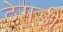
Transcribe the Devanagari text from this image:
ठेगड़ी